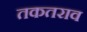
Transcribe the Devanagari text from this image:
तकतराव